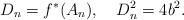
LaTeX: \begin{align*} D_n = f^*(A_n),\,\,\, \,\,\, D_n^ 2 = 4b^ 2. \end{align*}